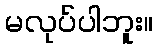
မလုပ်ပါဘူး။